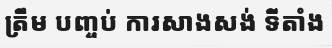
ត្រឹម បញ្ចប់ ការសាងសង់ ទីតាំង